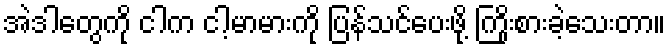
အဲဒါတွေကို ငါက ငါ့မာမားကို ပြန်သင်ပေးဖို့ ကြိုးစားခဲ့သေးတာ။